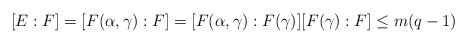
\begin{align*}[E:F]=[F(\alpha,\gamma):F]=[F(\alpha,\gamma):F(\gamma)][F(\gamma):F]\leq m(q-1)\end{align*}